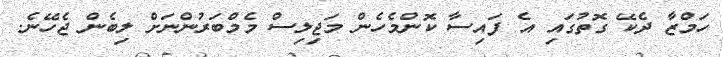
ހަމްޒާ ދެކޭ ގޮތުގައި އެ ފައިސާ ކޮންމެހެން މަޖިލިސް މެމްބަރުންނަށް ލިބެން ޖެހޭނެ.